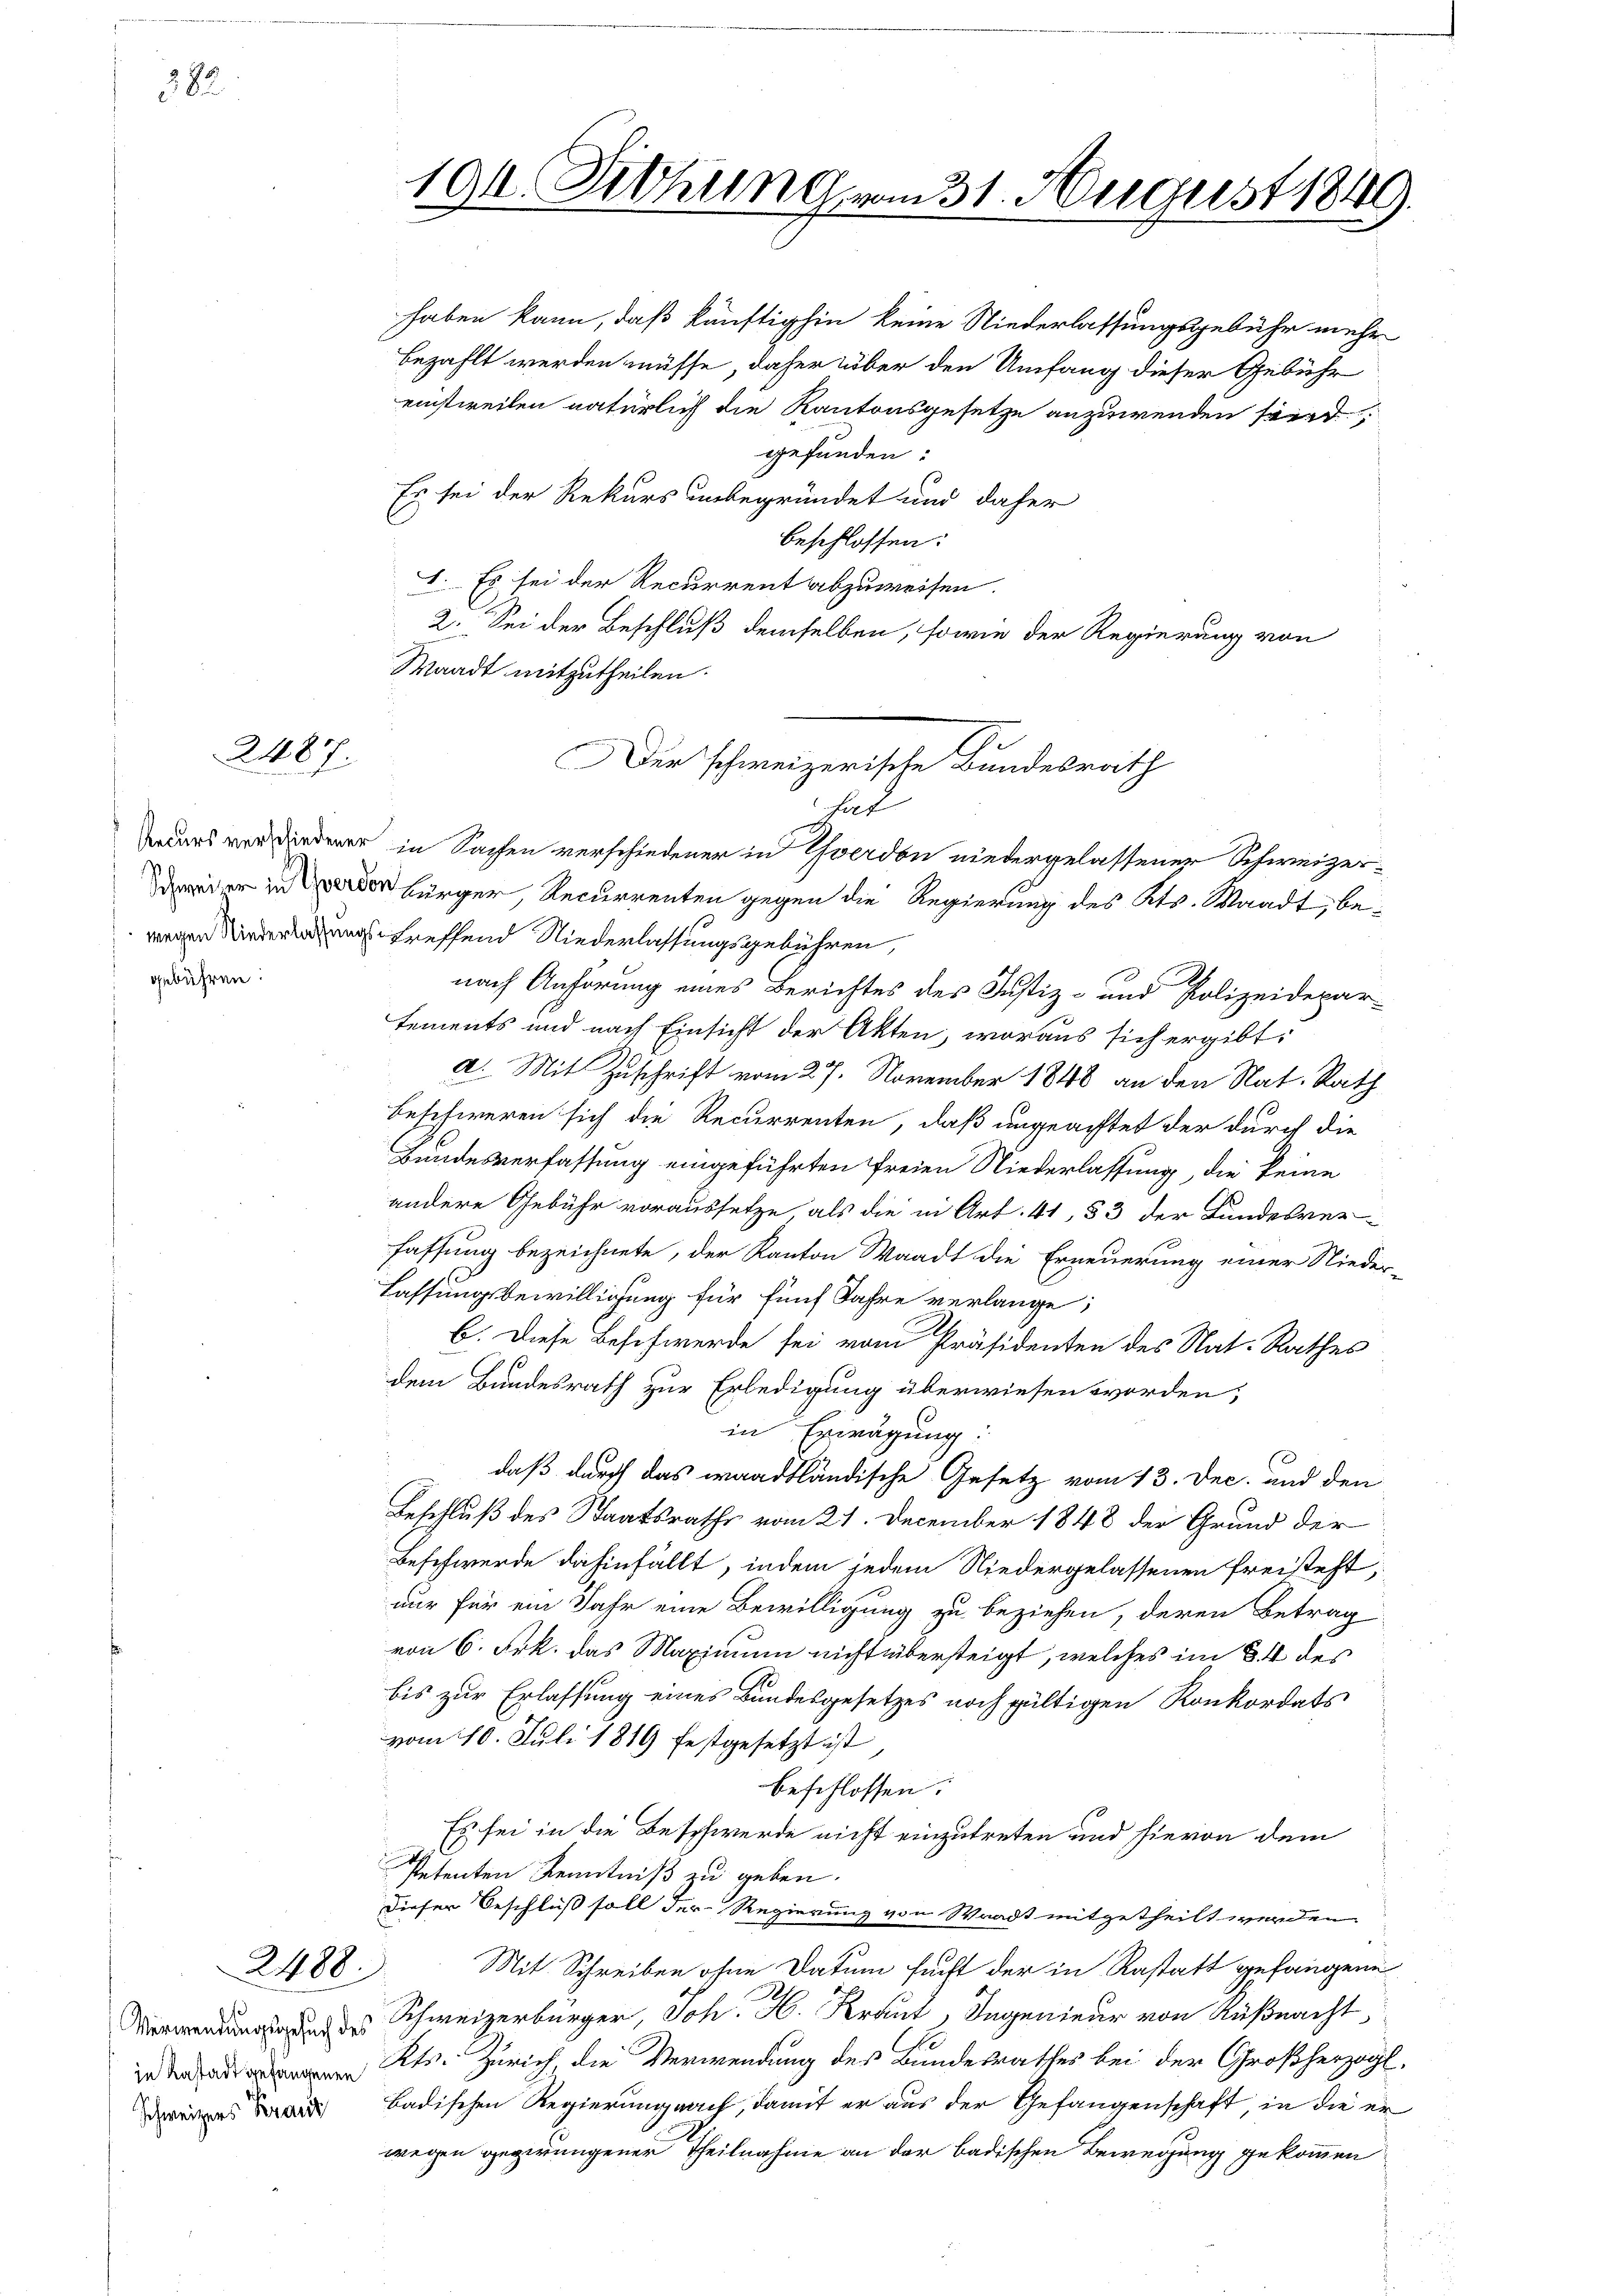
882

gebühren

2487.

2488.

Schweizers Kranz

einstweilen natürlich die Kantonsgesetze anzuwenden sind
gefunden.
Es sei der Rekurs unbegründet und daher
beschlossen:
1. Es sei der Recurrent abzuweisen.
2. Sei der Beschluß demselben, sowie der Regierung von
Waadt mitzutheilen.

194. Dethung vom 31. August 1849.

haben kann, daß künftighin keine Niederlassungsgebühr mehr
bezahlt werden müsse, daher über den Umfang dieser Gebühr

Die schweizerische Bundesrath
hat

rsieder in Sachen verschiedener in Yverdon niedergelassener Schweizer¬
 bürger, Recurrenten gegen die Regierung des Kts. Waadt, bewegen Niederlegung treffend Niederlassungsgebühren,
2
nach Anhörung eines Berichtes des Justiz- und Polizeidepar-
tements und nach Einsicht der Akten, woraus sich ergibt:
a. Mit Zuschrift vom 27. November 1848 an den Nat. Rath
beschweren sich die Recurrenten, daß ungeachtet der durch die
Hundesverfassung eingeführten freien Niederlassung, die keine
andere Gebühr voraussetze, als die in Art. 41, § 3 der Bundesver
fassung bezeichnete, der Kanton Waadt die Erneuerung einer Nieder-
Lassungsbewilligung für fünf Jahre verlange;
C. Diese Beschwerde sei vom Präsidenten des Nat: Rathes
dem Bundesrath zur Erledigung überwiesen worden,
in Erwägung:
daß durch das waadtländische Gesetz vom 13. Dec. und den
Beschluß des Staatsraths vom 21. December 1848 der Grund der
Beschwerde dahinfällt, indem jedem Niedergelassenen freisteht,
nur für ein Jahr eine Bewilligung zu beziehen, deren Betrag
von 6. Frk. das Maximum nicht übersteigt, welches im § 4 des
bis zur Erlassung eines Bundesgesetzes noch gültigen Konkordats
vom 10. Juli 1819 festgesetzt ist,
beschlossen:
Es sei in die Beschwerde nicht einzutreten und hievon dem
Petenten Kenntniß zu geben.
Dieser Beschluß soll der Regierung von Waadt mitgetheilt werden.
Mit Schreiben ohne Datum sucht der in Rastatt gefangene
 Schweizerbürger, Joh. H. Kraut, Ingenieur von Küßnacht,
 Kts. Zürich, die Verwendung des Bundesrathes bei der Großherzogt
Badischen Regierung nach, damit er aus der Gefangenschaft, in die er-
wegen gegerungener Theilnahme an der badischen Bewegung gekommen